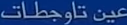
تاجوطات